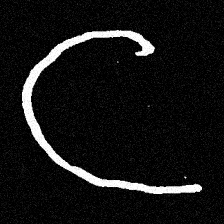
Pyu character \u2014 Myanmar letter: င (romanized: nga)